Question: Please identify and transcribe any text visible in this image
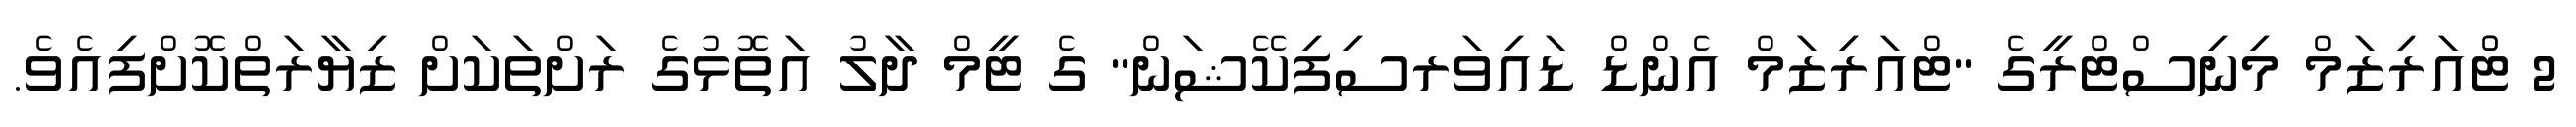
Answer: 2 ޓްުއަރިޒަމް މިނިސްޓްރީގެ "ޓްއަރިޒަމް އެންޑް ޑައިވަރސިފިކޭޝަން" ގެ ޓީމް ދާލު އަތޮޅުގެ ރަށްތަކަށް ޒިޔާރަތްކޮށްފިއެވެ.